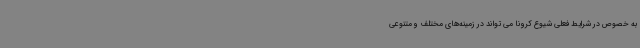
به خصوص در شرایط فعلی شیوع کرونا می تواند در زمینه‌های مختلف و متنوعی